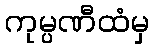
ကုမ္ပဏီထံမှ